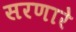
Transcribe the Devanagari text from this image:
सरणारे